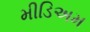
મીડિઅમ